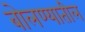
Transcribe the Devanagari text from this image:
बोलण्यातील